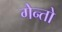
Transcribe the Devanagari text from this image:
गेन्तो